Seli_vallavalitsus_Parnumaal, lk 14
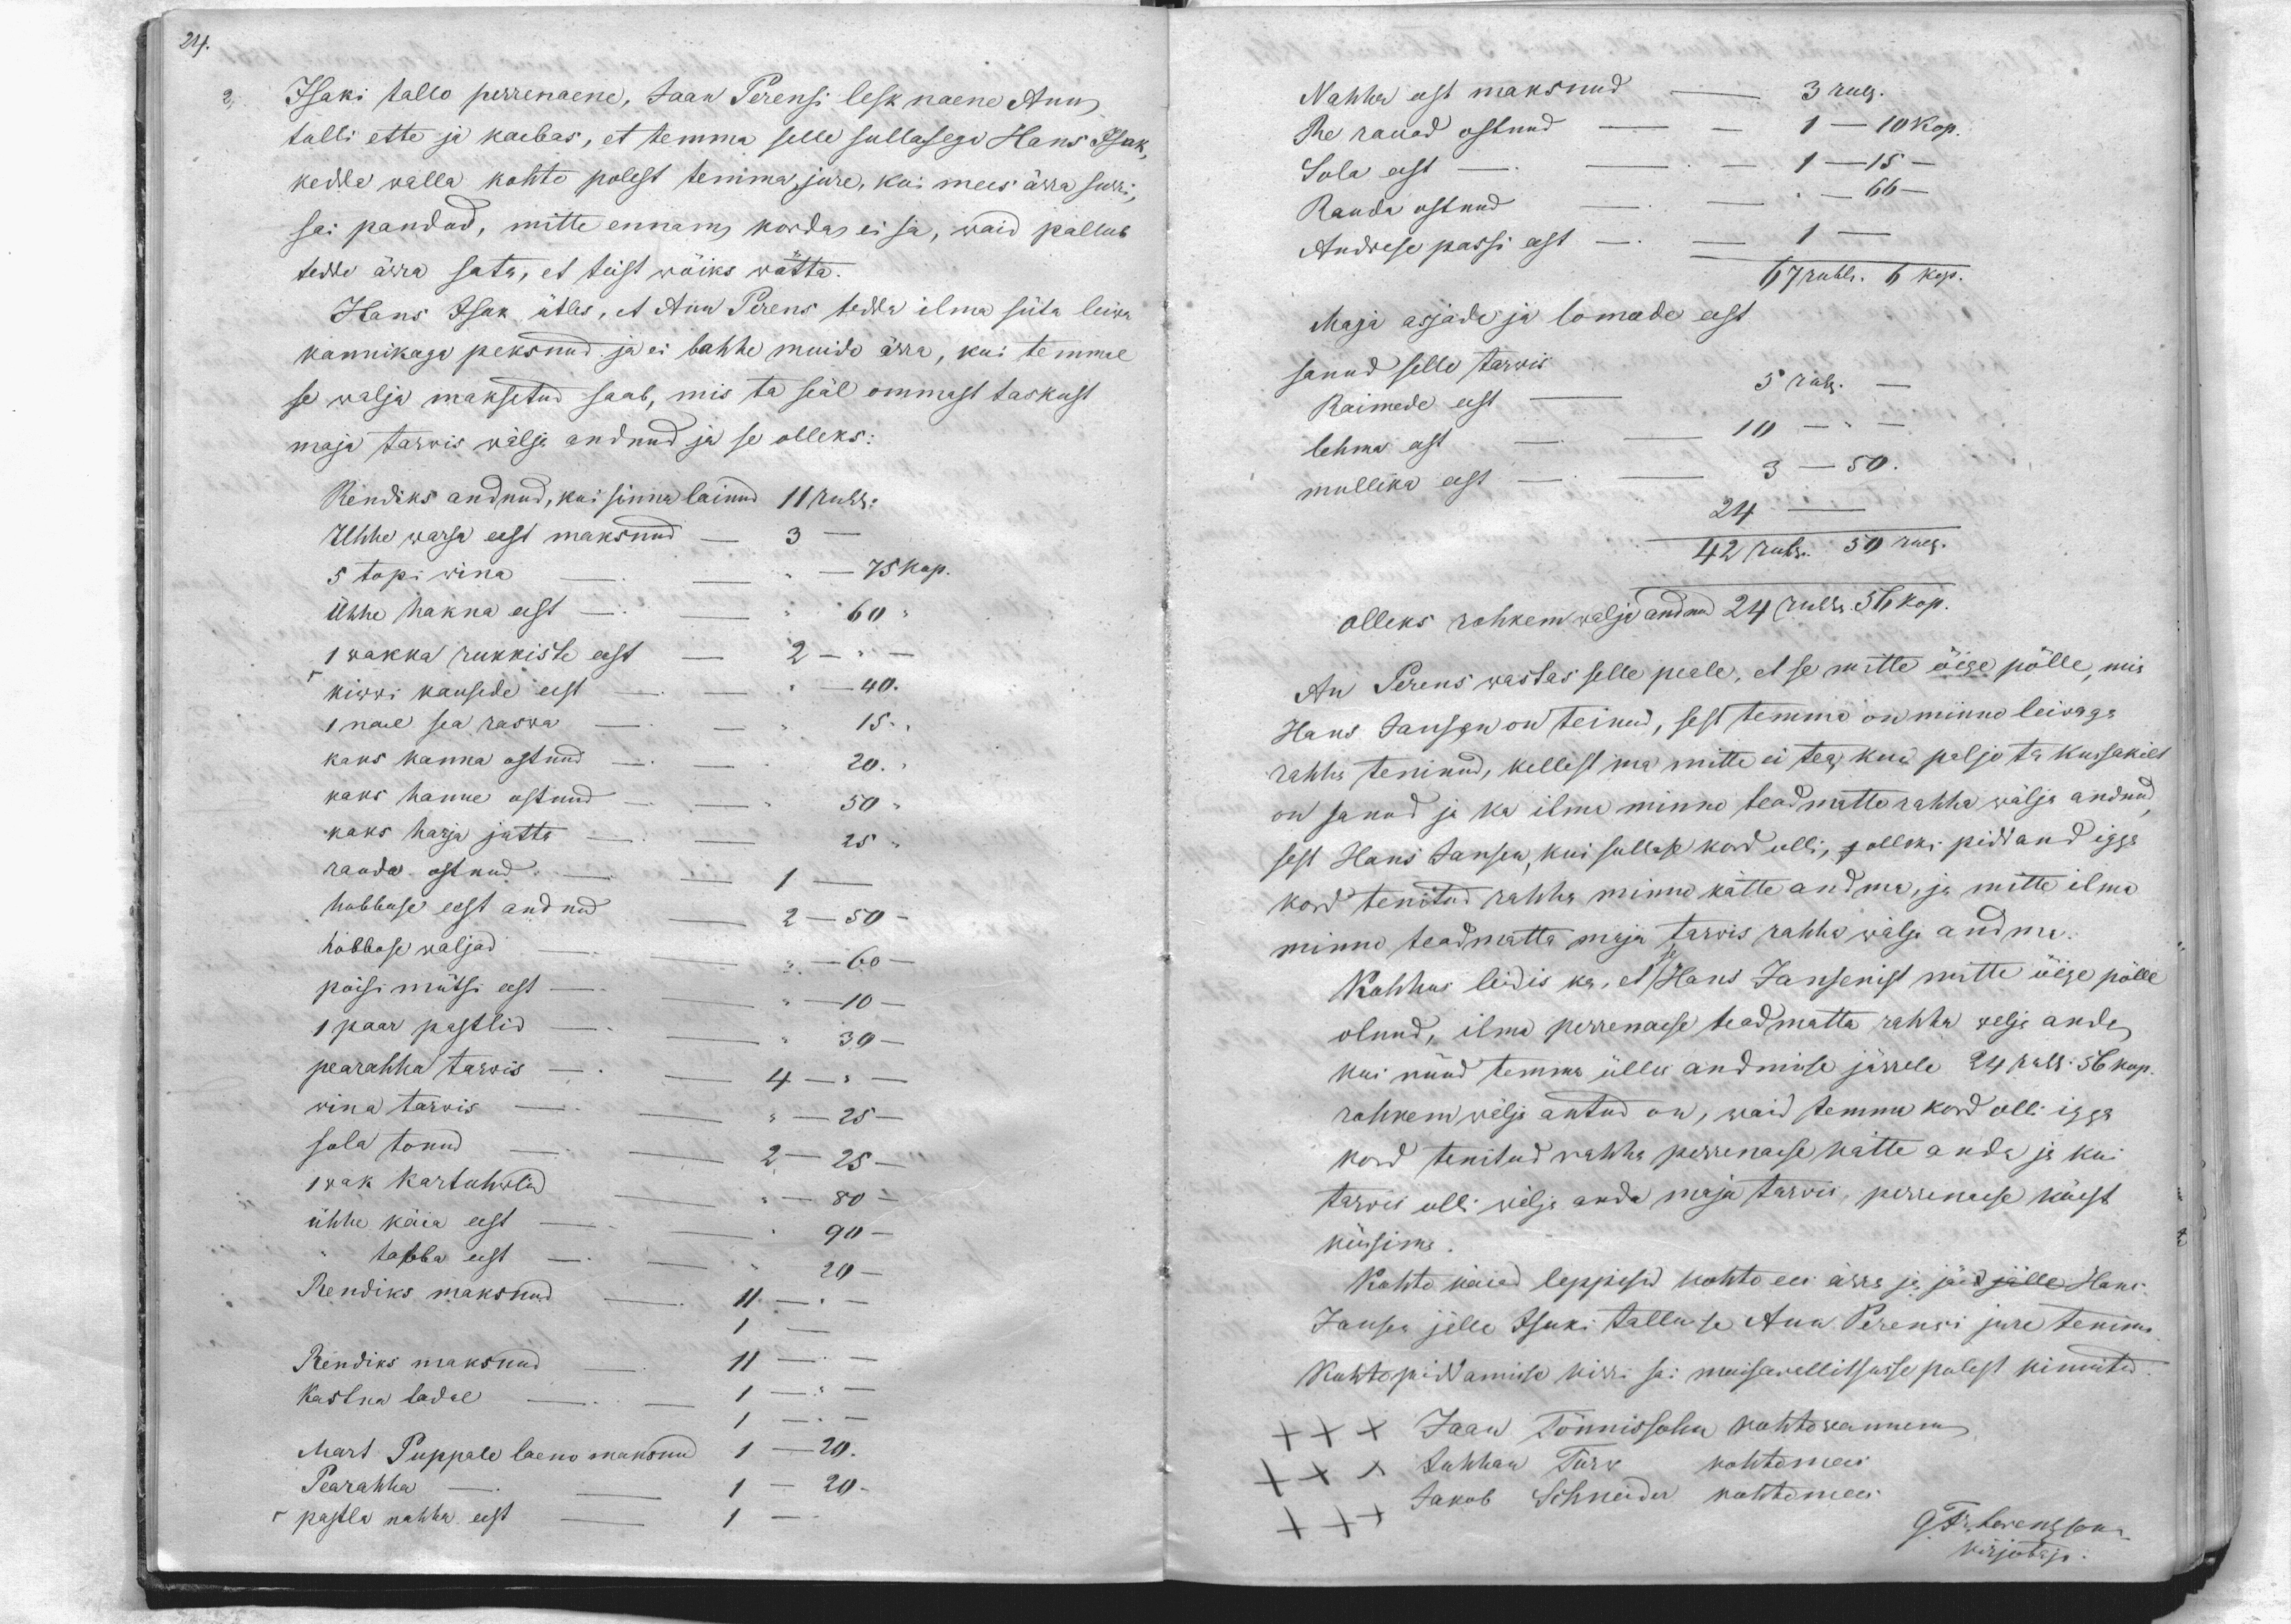
24.

2, Isaki tallo perrenaene, Jaan Perensi lesk naene Ann
tulli ette ja kaebas, et temma selle sullasega Hans Isak,
kedda walla kohto polest temma jure, kui mees ärra surri,
sai pandud, mitte ennam kordas ei sa, waid pallub
tedda ärra sata, et teist wöiks wötta.
Hans Isak ütles, et Ann Perens teda ilma süta leiwa
kannikaga peksnud ja ei lahhe muido ärra, kui temmal
se walja maksetud saab, mis ta seäl ommast taskust
maja tarwis wälja andnud ja se olleks:
Rendiks andnud, kui sänna läinud 11 rubla
Uhhe warsa eest maksnud - 3 -
5 topi wina
75 kop.
Ühhe hakna eest
60
1 wakka rukkiste eest
2
kiwwi kausede eest
40.
1 nael sea raswa
15.
kaks kanna ostnud
20.
kaks hanne ostnud.
50
kaks harja jätta.
25.
raada ostnud.
1
hobbuse eest andnud
2 - 50.
hobbose waljad
60
poisi mütsi eest
10
1 paar pastlid
30
pearahha tarwis
4
wina tarvis
25
sola tonud
2 - 25 -
1 wak Kartuhwlid
80
ühhe käia eest
90 -
tabba eest
20
Rendiks maksnud
11.
1
Rendiks maksnud
11
Kastna ladal
1 -
1 -
Mart Puppale laeno maksnud 1 - 20.
Pearahha - 1 - 20 -
pastla nahha eest - 1

Nahha eest maksnud
3 rub.
Re rauad ostnud
1 - 10 Kop.
Sola eest
1 - 15
Rauda ostnud
66 -
Andrese passi eest
1 -
67 rubla 6 kop.
Maja asjade ja lomade eest
sanud selle tarwis
5 rubl
Raimede eest
lehma eest
10
3 - 50.
mullika eest
3 - 50.
24 -
42 rub. 50 rub.
olleks rohkem walja andanud 24 rubla 56 kop.
An Perens wastas selle peale, et se mitte öige pölle, mis
Hans Janson on teinud, sest temma on minno leiwaga
rahha teninud, kellest ma mitte ei tea kui paljo ta kussakilt
on sanud ja ka ilma minno teadmatta rahha wälja andnud
sest Hans Jansen, kui sullase kord olli, p olleks piddand igga
kord tenitud rahha minu kätte andma, ja mitte ilma
minno teadmatta maja tarwis rahha wälja andma.
Kohhus leidis ka, et se Hans Jansenist mitte öige pölle
olnud, ilma perrenaese teadmatta rahha welja anda
kui nüüd temma ülles andmise järrele 24 rub. 56 kop.
rohkem wälja antud on, waid temma kord olli igga
kord tenitud rahha perrenaese kätte anda ja kui
tarwis olli wälja anda maja tarwis, perrenaese käest
küsima.
Kohto käiad leppisid kohto ees ärra ja jäid jälle Hans
Janses jälle Isuki tallu se Ann Perensi jure tenima
Kohtopiddamise kirri sai moisawallitsusse polest kinnitud.
xxx Jaan Tönnissohn kohtowannem
XXX Juhhan Törw kohtomees
Jakob Schneider kohtomees
G. Fr. Lorenzsonn
kirjotaja